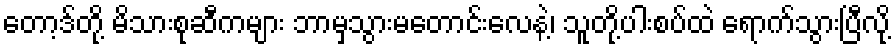
တော့ဒ်တို့ မိသားစုဆီကများ ဘာမှသွားမတောင်းလေနဲ့၊ သူတို့ပါးစပ်ထဲ ရောက်သွားပြီလို့